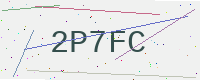
Text: 2P7FC